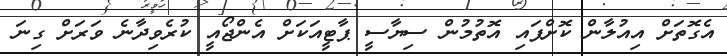
އެގޮތަށް އިއުލާން ކޮށްފައި އޮތުމުން ސިޔާސީ ޕާޓީއަކަށް އެންޖޯއީ ކުރެވިދާނެ ވަރަށް ގިނަ